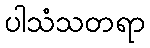
ပါသံသတရာ